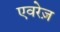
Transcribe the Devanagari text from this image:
एवरेज़